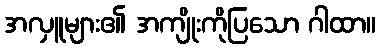
အလှူများ၏ အကျိုးကိုပြသော ဂါထာ။